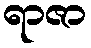
ရာဇာ